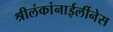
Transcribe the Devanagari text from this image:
श्रीलंकांनाईर्लीनेस